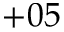
+ 0 5